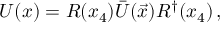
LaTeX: U ( x ) = R ( x _ { 4 } ) \bar { U } ( { \vec { x } } ) R ^ { \dagger } ( x _ { 4 } ) \, ,